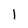
Character: 1